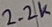
Text: 2.2K